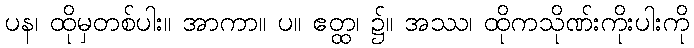
ပန၊ ထိုမှတစ်ပါး။ အာကာ။ ပ။ ဧတ္ထ၊ ၌။ အဿ၊ ထိုကသိုဏ်းကိုးပါးကို